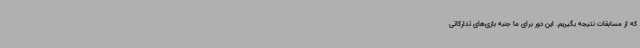
که از مسابقات نتیجه بگیریم. این دور برای ما جنبه بازی‌های تدارکاتی